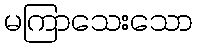
မကြာသေးသော